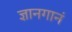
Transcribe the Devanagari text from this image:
ज्ञानगानं